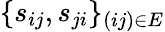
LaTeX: \{ s_{ij},s_{ji}\} _{(ij)\in E}